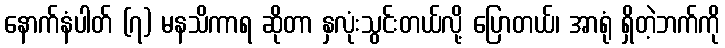
နောက်နံပါတ် (၇) မနသိကာရ ဆိုတာ နှလုံးသွင်းတယ်လို့ ပြောတယ်၊ အာရုံ ရှိတဲ့ဘက်ကို